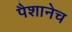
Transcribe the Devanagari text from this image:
पैशानेच